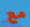
مع